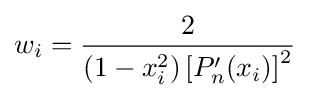
w_{i}={\frac {2}{\left(1-x_{i}^{2}\right)\left[P'_{n}(x_{i})\right]^{2}}}